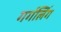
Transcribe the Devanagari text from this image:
गर्गलिंग